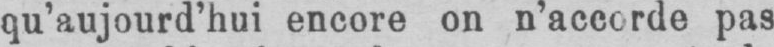
qu’aujourd’hui encore on n’accorde pas